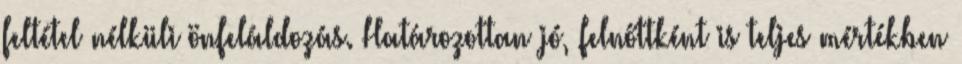
feltétel nélküli önfeláldozás. Határozottan jó, felnőttként is teljes mértékben